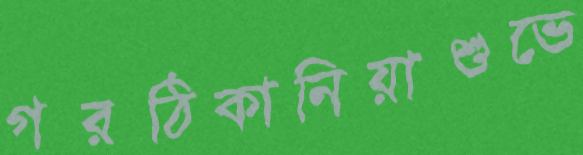
গরঠিকানিয়াশুভে